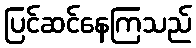
ပြင်ဆင်နေကြသည်